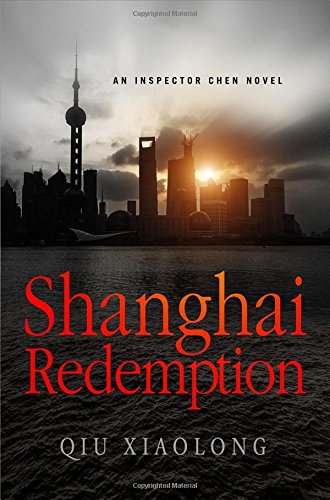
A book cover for Shanghai Redemption: An Inspector Chen Novel (Inspector Chen Cao); Qiu Xiaolong; Mystery, Thriller & Suspense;